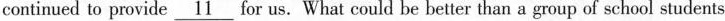
continued to provide \underline{11} for us. What could be better than a group of school students